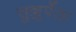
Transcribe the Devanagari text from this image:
सुल्लुर्पेता